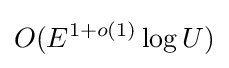
O(E^{1+o(1)}\log U)